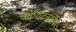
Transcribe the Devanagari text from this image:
उदघाटनाच्या